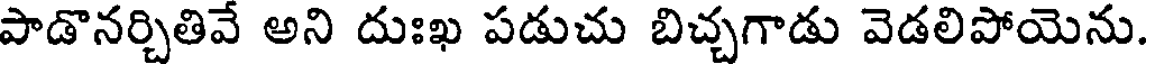
పాడొనర్చితివే అని దుఃఖ పడుచు బిచ్చగాడు వెడలిపోయెను